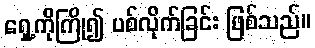
ရှေ့ကိုကြို၍ ပစ်လိုက်ခြင်း ဖြစ်သည်။